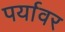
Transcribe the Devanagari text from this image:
पर्यावर